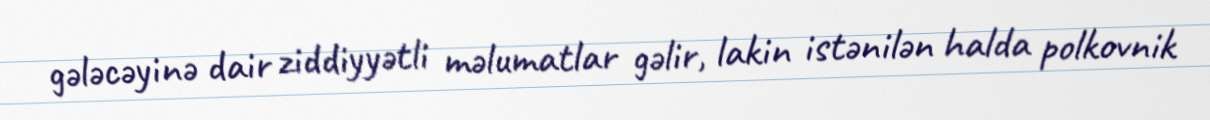
gələcəyinə dair ziddiyyətli məlumatlar gəlir, lakin istənilən halda polkovnik